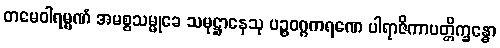
တမေဝါရမ္မဏံ အမစ္စသမ္မုခေ သမုဋ္ဌာနေသု ပဉ္စဝဂ္ဂကရဏေ ပါရာဇိကာပတ္တိက္ခန္ဓော